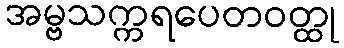
အမ္ဗသက္ကရပေတဝတ္ထု